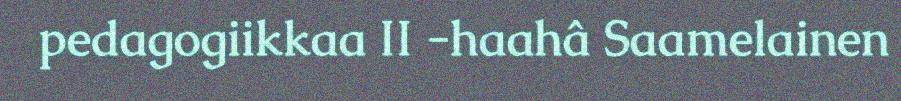
pedagogiikkaa II -haahâ Saamelainen